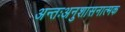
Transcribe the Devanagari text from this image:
अन्तःअनुशासनात्मक